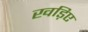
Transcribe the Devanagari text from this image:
खड़िए